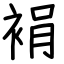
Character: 裐